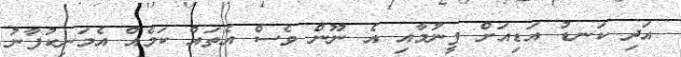
އަދި ކަނޑު އަޑިއަށް ފީނުމާއި އެ ނޫން ވެސް އެތައް ކަމެއް އެމަނިކުފާނު